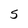
Character: 5